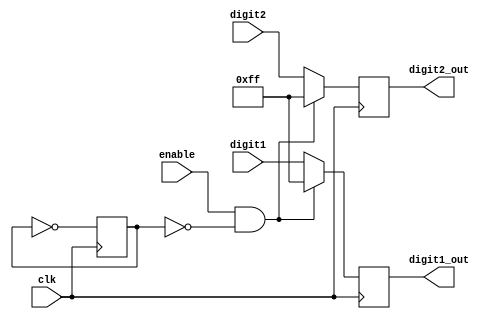
module blink(
    input wire clk,
    input wire enable,
    input wire [7:0] digit1,
    input wire [7:0] digit2,
    output reg [7:0] digit1_out,
    output reg [7:0] digit2_out
);

    reg show = 0;

    always @(posedge clk) begin
        show <= ~show;
        if (enable && !show) begin
            digit1_out <= ~8'b00000000;
            digit2_out <= ~8'b00000000;
        end
        else begin          
            digit1_out <= digit1;
            digit2_out <= digit2;
        end
     end

endmodule